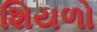
શિયળો